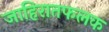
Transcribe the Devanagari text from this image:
जाहिरातफलक